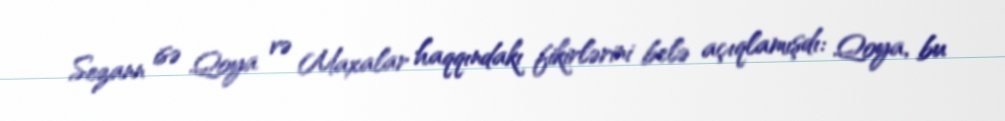
Sezann isə Qoya və Maxalar haqqındakı fikirlərini belə açıqlamışdı: Qoya, bu